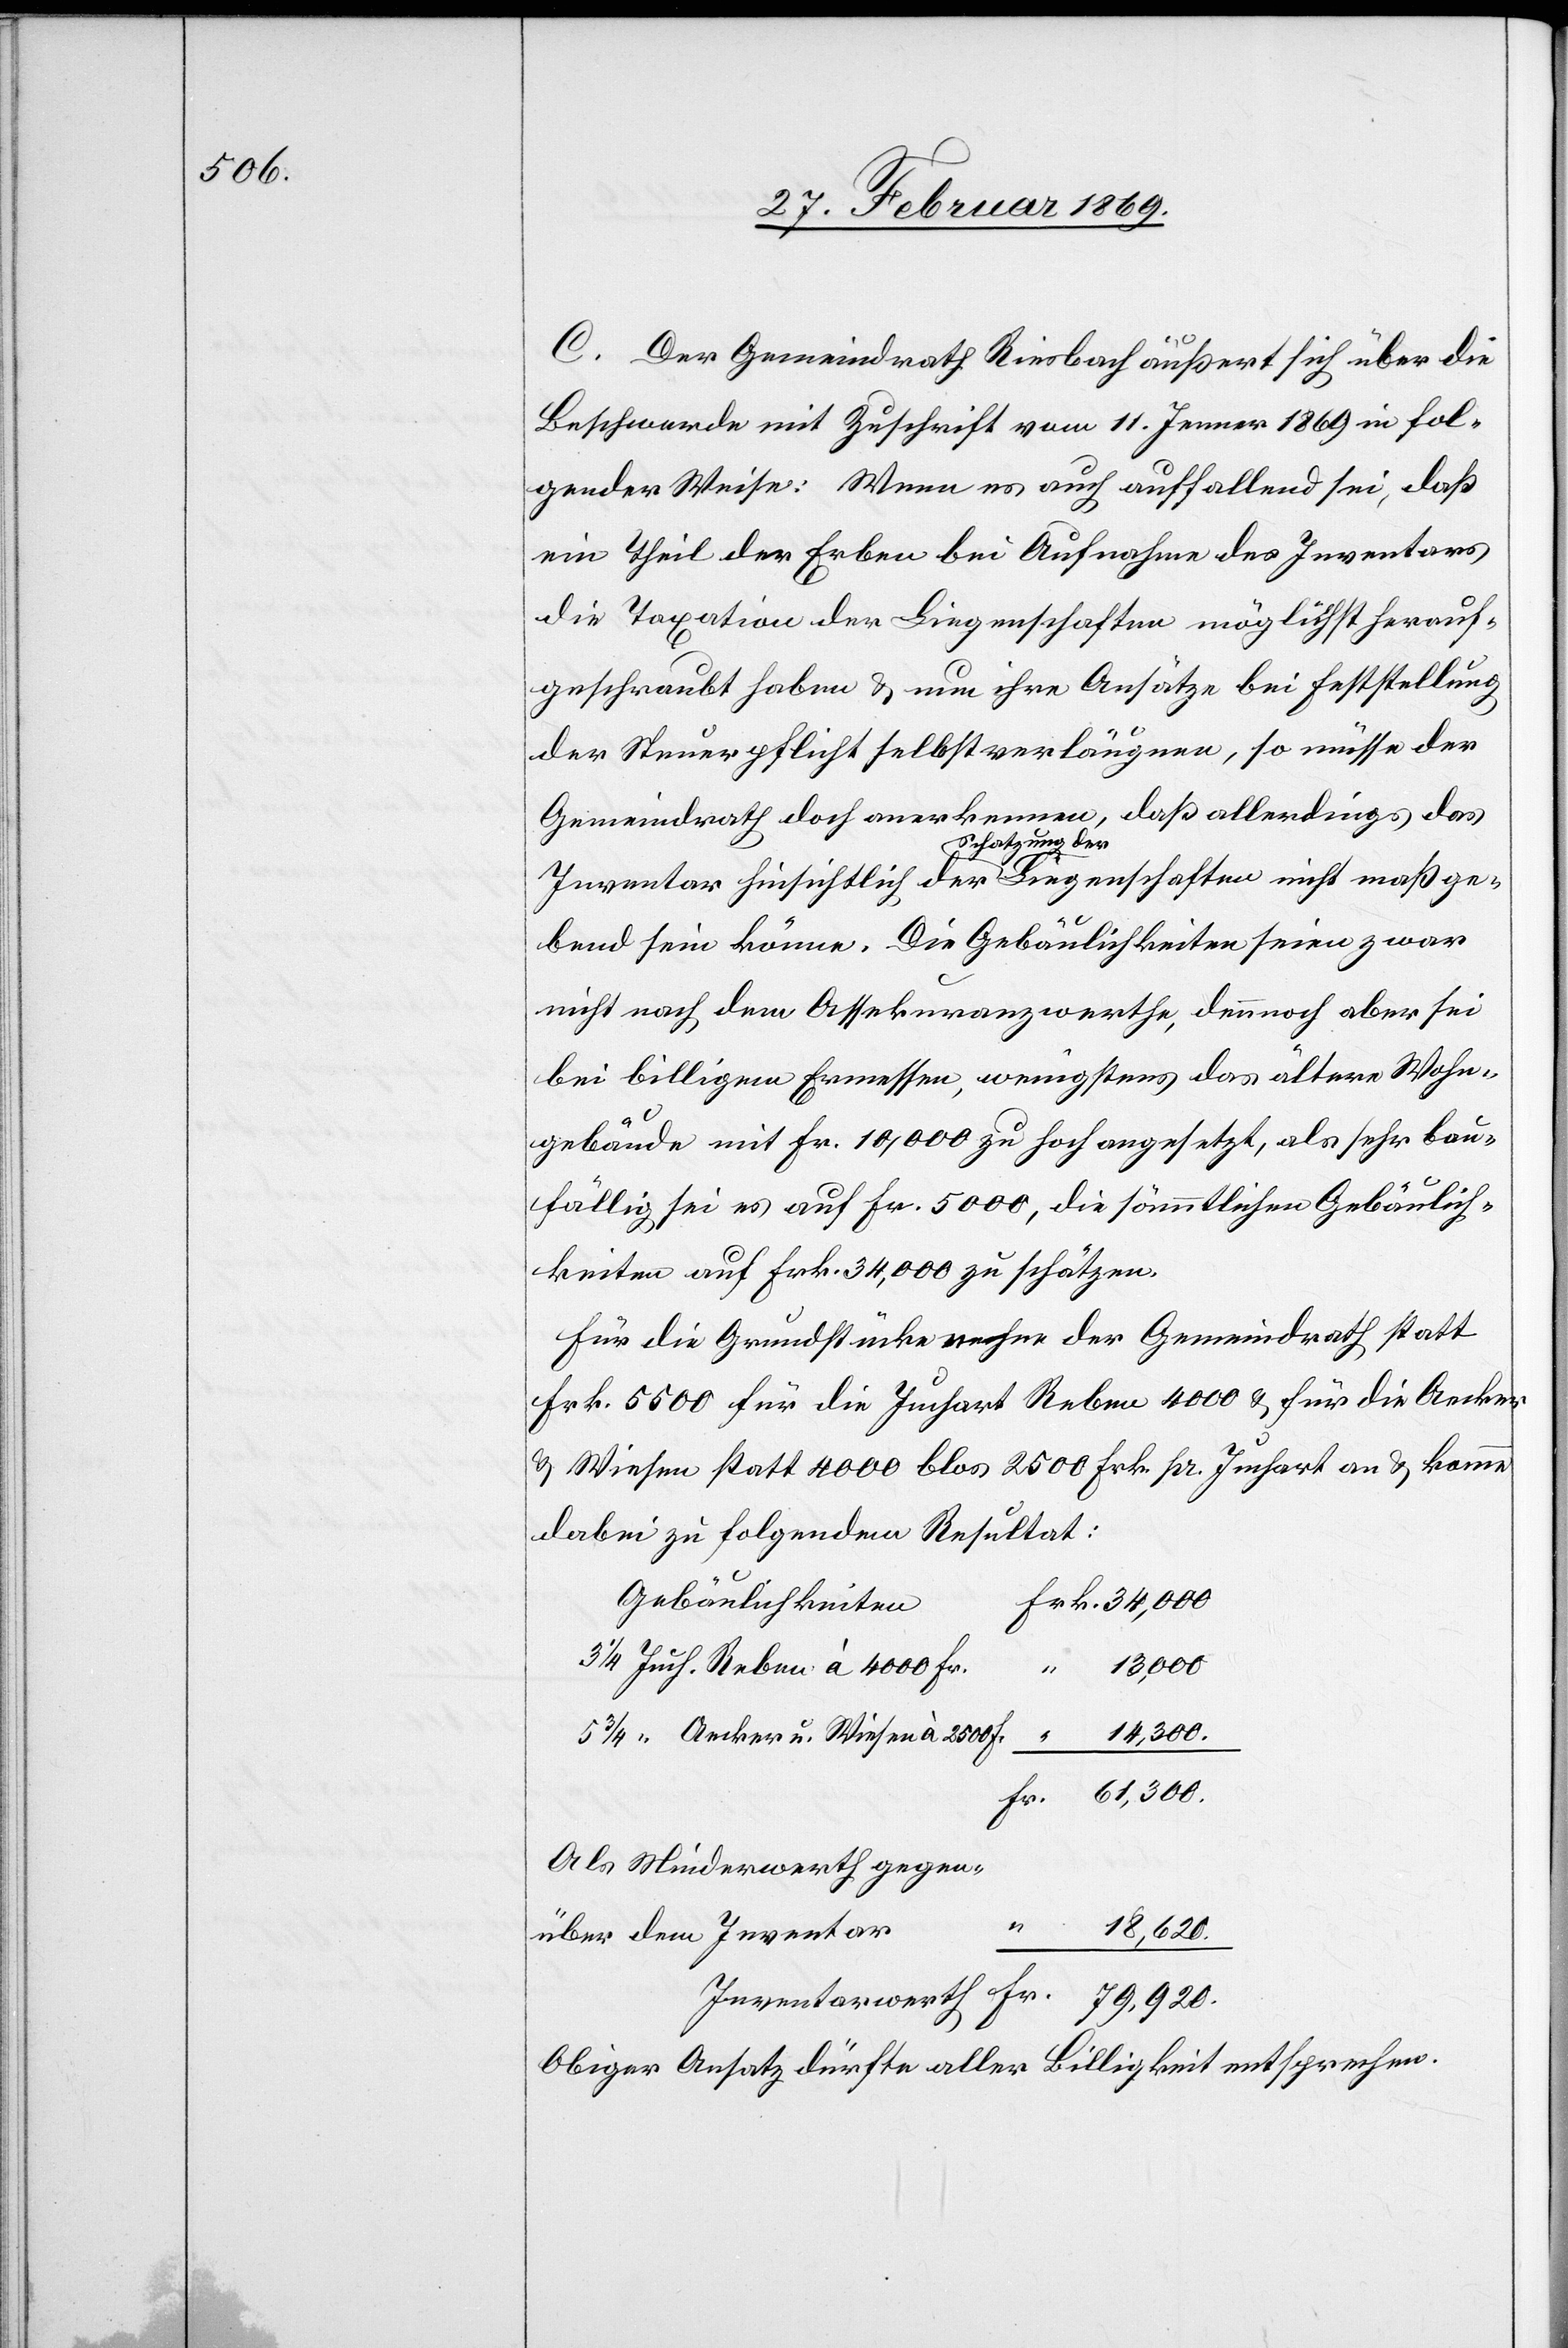
C. Der Gemeindrath Riesbach äußert sich über die
Beschwerde mit Zuschrift vom 11. Jenner 1869 in fol¬
gender Weise: Wenn es auch auffallend sei, daß
ein Theil der Erben bei Aufnahme des Inventars
die Taxation der Liegenschaften möglichst herauf¬
geschraubt haben & nun ihre Ansätze bei Feststellung
der Steuerpflicht selbst verlängern, so müsse der
Gemeindrath doch anerkennen, daß allerdings das
Inventar hinsichtlich der Schatzung der Liegenschaften nicht maßge¬
bend sein könne. Die Gebäulichkeiten seien zwar
nicht nach dem Assekuranzwerthe, dennoch aber sei
bei billigem Ermessen, wenigstens das ältere Wohn¬
gebäude mit Fr. 10,000 zu hoch angesetzt, als sehr bau¬
fällig sei es auf Fr. 5000, die sämmtlichen Gebäulich¬
keiten auf Frk. 34,000 zu schätzen.
Für die Grundstücke nehme der Gemeindrath statt
Frk. 5500 für die Juchart Reben 4000 & für die Aecker
& Wiesen statt 4000 blos 2500 Frk. pr. Juchart an & komme
dabei zu folgendem Resultat:
Gebäulichkeiten
300.
300.
Aecker u. Wiesen à 2500 Fr.
Als Minderwerth gegen¬
über dem Inventar
Inventarwerth
Obiger Ansatz dürfte aller Billigkeit entsprechen.